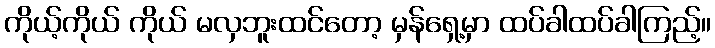
ကိုယ့်ကိုယ် ကိုယ် မလှဘူးထင်တော့ မှန်ရှေ့မှာ ထပ်ခါထပ်ခါကြည့်။